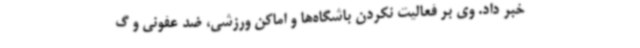
خبر داد. وی بر فعالیت نکردن باشگاه‌ها و اماکن ورزشی، ضد عفونی و گ